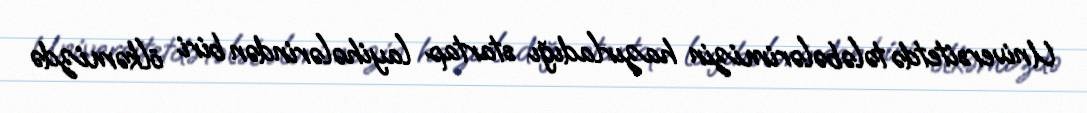
Universitetdə tələbələrimizin hazırladığı startap layihələrindən biri ölkəmizdə